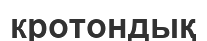
кротондық